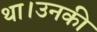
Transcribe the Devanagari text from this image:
था।उनकी